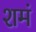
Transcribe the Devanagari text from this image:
शमं